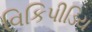
વિકિપીડિય